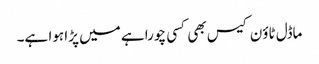
ماڈل ٹاؤن کیس بھی کسی چوراہے میں پڑا ہوا ہے۔